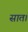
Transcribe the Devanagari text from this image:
सात।